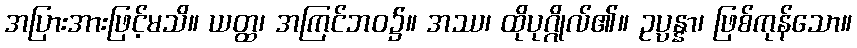
အပြားအားဖြင့်မသိ။ ယတ္ထ၊ အကြင်ဘဝ၌။ အဿ၊ ထိုပုဂ္ဂိုလ်၏။ ဥပ္ပန္နာ၊ ဖြစ်ကုန်သော။